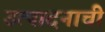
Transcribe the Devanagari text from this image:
उत्‍पादनाची